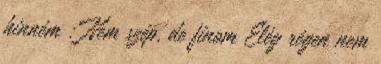
hinném : Nem szép, de finom Elég régen nem